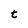
Character: t